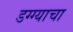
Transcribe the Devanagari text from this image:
डग्ग्याचा